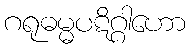
ဂရုဓမ္မပဋိဂ္ဂါဟော